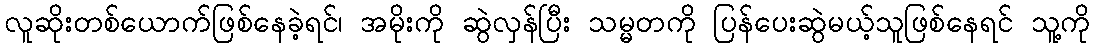
လူဆိုးတစ်ယောက်ဖြစ်နေခဲ့ရင်၊ အမိုးကို ဆွဲလှန်ပြီး သမ္မတကို ပြန်ပေးဆွဲမယ့်သူဖြစ်နေရင် သူ့ကို